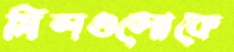
মিলগুলোকে